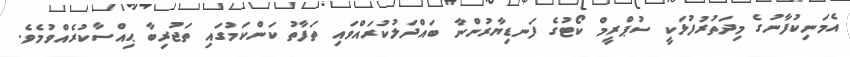
އެމަނިކުފާނުގެ މިދަތުރުފުޅަކީ ސުޕްރީމް ކޯޓުގެ ފަނޑިޔާރުންނާ ބައްދަލުކުރައްވައި ތަފާތު ކަންކަމުގައި ތަޖުރިބާ ޙިއްސާކުރެއްވުމެވެ.